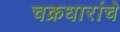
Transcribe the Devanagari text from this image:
चक्रधारांचे